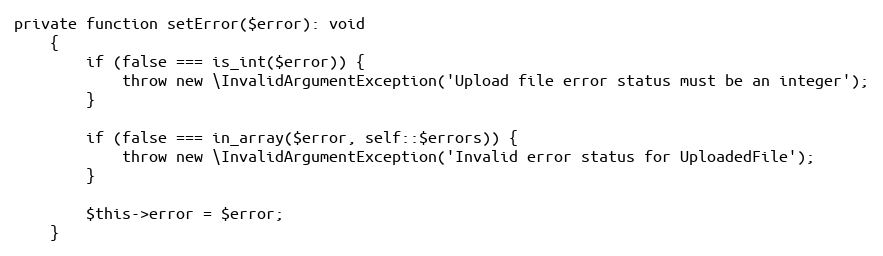
Language: PHP
private function setError($error): void
    {
        if (false === is_int($error)) {
            throw new \InvalidArgumentException('Upload file error status must be an integer');
        }

        if (false === in_array($error, self::$errors)) {
            throw new \InvalidArgumentException('Invalid error status for UploadedFile');
        }

        $this->error = $error;
    }